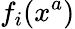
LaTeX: f_{i}(x^{a})